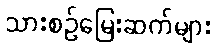
သားစဉ်မြေးဆက်များ